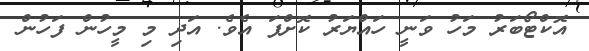
އޮކްޓޯބަރު މަހު ވަނީ ހައްޔަރު ކޮށްފަ އެވެ. އަދި މި މީހުން ފަހުން